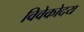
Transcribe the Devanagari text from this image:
विवेकोदय